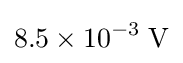
8.5\times 10^{-3}\;\mathrm {V}